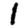
Digit: 1